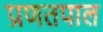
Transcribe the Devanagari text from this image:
प्रणतपाल